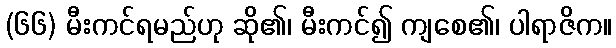
(၆၆) မီးကင်ရမည်ဟု ဆို၏၊ မီးကင်၍ ကျစေ၏၊ ပါရာဇိက။